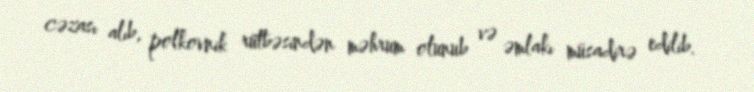
cəzası alıb, polkovnik rütbəsindən məhrum olunub və əmlakı müsadirə edilib.